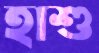
হাশু